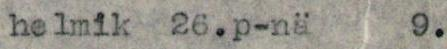
helmik 26. p-nä 9.